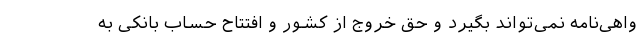
واهی‌نامه نمی‌تواند بگیرد و حق خروج از کشور و افتتاح حساب بانکی به